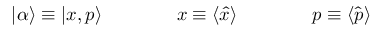
| \alpha \rangle \equiv | x , p \rangle \qquad \qquad x \equiv \langle { \hat { x } } \rangle \qquad \qquad p \equiv \langle { \hat { p } } \rangle